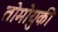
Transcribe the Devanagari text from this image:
तोमोयुकी